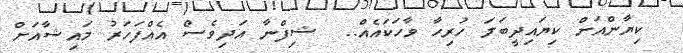
ކިޔާންއަށް ކިޔައިދީބަލަ ހުރިހާ ވާހަކައެއް..  ޝިފްނާ އަދިވެސް އެއްފަހަރު މައިޝާއަށް